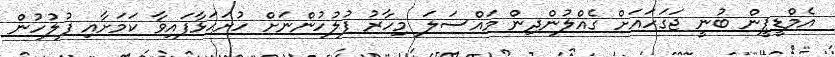
އެމްޑީޕީން ބުނީ ޖަގަހަައަށް ގެއްލުންދިން މައްސަލަ މިހާރު ފުލުހުންނަށް ހުށަހަޅާފައިވާ ކަމަށާއި ފުލުހުން